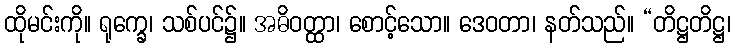
ထိုမင်းကို။ ရုက္ခေ၊ သစ်ပင်၌။ အဓိဝတ္ထာ၊ စောင့်သော။ ဒေဝတာ၊ နတ်သည်။ “တိဋ္ဌတိဋ္ဌ၊